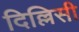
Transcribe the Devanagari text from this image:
दिल्लिसी